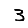
Digit: 3